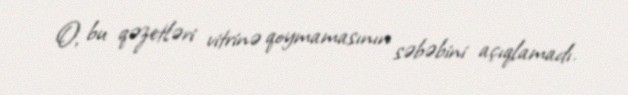
O, bu qəzetləri vitrinə qoymamasının səbəbini açıqlamadı.